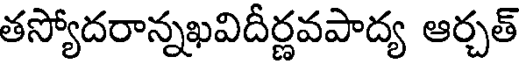
తస్యోదరాన్నఖవిదీర్ణవపాద్య ఆర్చత్